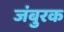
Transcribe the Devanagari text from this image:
जंबुरक